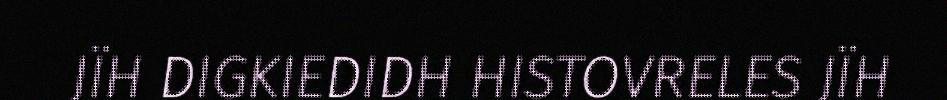
JÏH DIGKIEDIDH HISTOVRELES JÏH